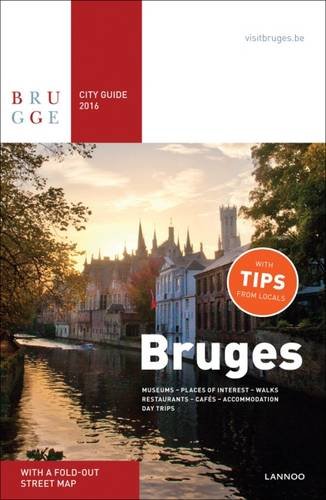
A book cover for Bruges City Guide 2016; Sophie Allegaert; Travel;